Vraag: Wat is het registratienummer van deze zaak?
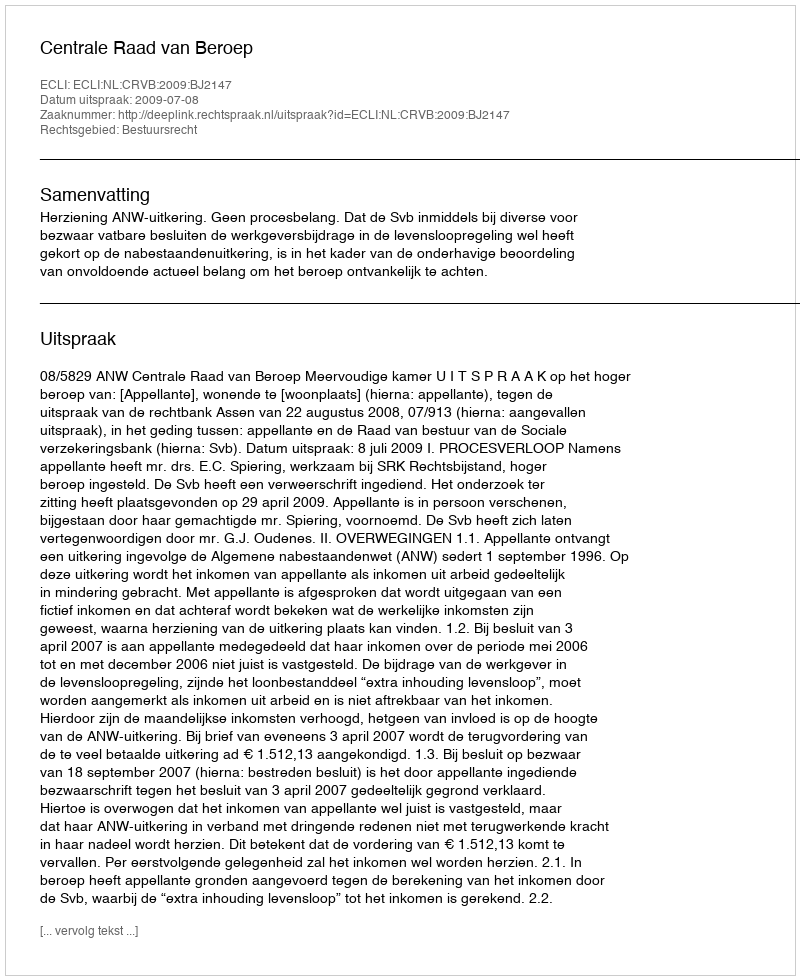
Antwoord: http://deeplink.rechtspraak.nl/uitspraak?id=ECLI:NL:CRVB:2009:BJ2147